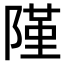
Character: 𨻜